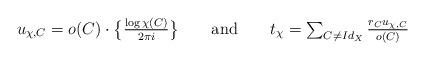
LaTeX: \begin{align*}u_{\chi,C}=o(C)\cdot\big\{\tfrac{\log\chi(C)}{2\pi i}\big\}\qquad\mathrm{and}\qquad\textstyle{t_{\chi}=\sum_{C \neq Id_{X}}\frac{r_{C}u_{\chi,C}}{o(C)}} \end{align*}